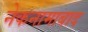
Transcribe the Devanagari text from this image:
नेकनामाबाद